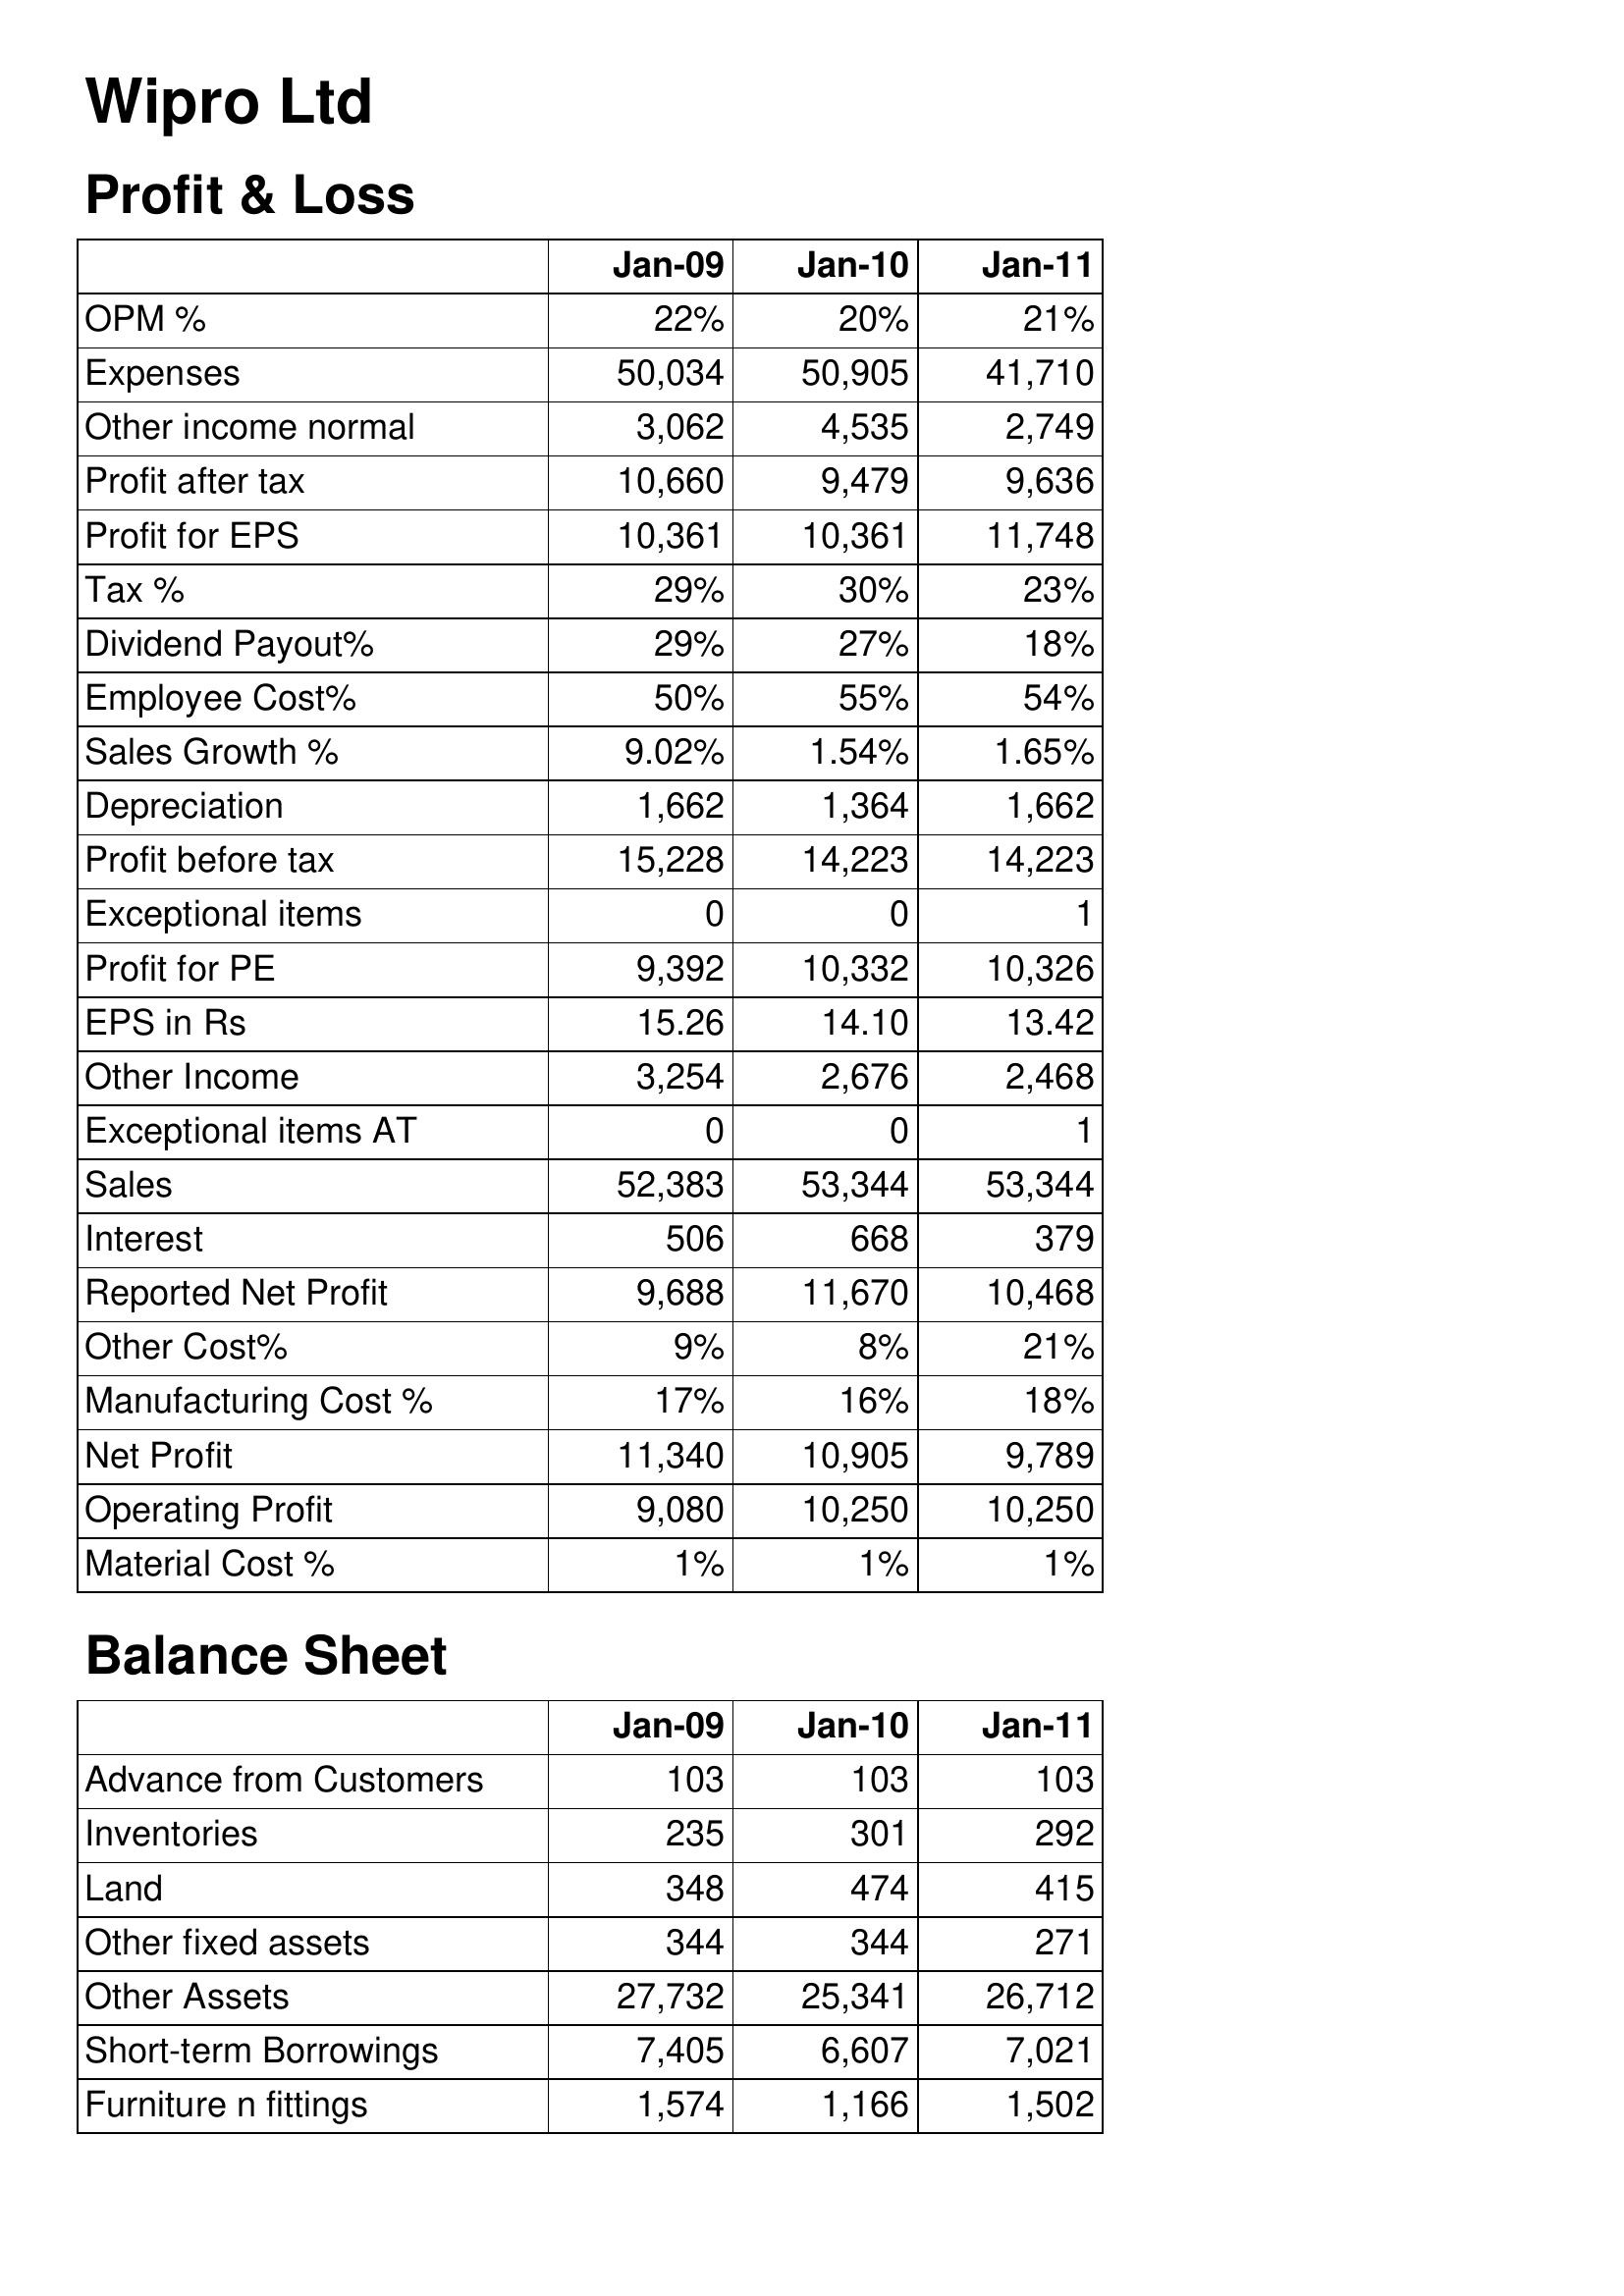
Jan-09: Profit & Loss: OPM %: 22%
Expenses: 50,034
Other income normal: 3,062
Profit after tax: 10,660
Profit for EPS: 10,361
Tax %: 29%
Dividend Payout%: 29%
Employee Cost%: 50%
Sales Growth %: 9.02%
Depreciation: 1,662
Profit before tax: 15,228
Exceptional items: 0
Profit for PE: 9,392
EPS in Rs: 15.26
Other Income: 3,254
Exceptional items AT: 0
Sales: 52,383
Interest: 506
Reported Net Profit: 9,688
Other Cost%: 9%
Manufacturing Cost %: 17%
Net Profit: 11,340
Operating Profit: 9,080
Material Cost %: 1%
Balance Sheet: Advance from Customers: 103
Inventories: 235
Land: 348
Other fixed assets: 344
Other Assets: 27,732
Short-term Borrowings: 7,405
Furniture n fittings: 1,574
Jan-10: Profit & Loss: OPM %: 20%
Expenses: 50,905
Other income normal: 4,535
Profit after tax: 9,479
Profit for EPS: 10,361
Tax %: 30%
Dividend Payout%: 27%
Employee Cost%: 55%
Sales Growth %: 1.54%
Depreciation: 1,364
Profit before tax: 14,223
Exceptional items: 0
Profit for PE: 10,332
EPS in Rs: 14.10
Other Income: 2,676
Exceptional items AT: 0
Sales: 53,344
Interest: 668
Reported Net Profit: 11,670
Other Cost%: 8%
Manufacturing Cost %: 16%
Net Profit: 10,905
Operating Profit: 10,250
Material Cost %: 1%
Balance Sheet: Advance from Customers: 103
Inventories: 301
Land: 474
Other fixed assets: 344
Other Assets: 25,341
Short-term Borrowings: 6,607
Furniture n fittings: 1,166
Jan-11: Profit & Loss: OPM %: 21%
Expenses: 41,710
Other income normal: 2,749
Profit after tax: 9,636
Profit for EPS: 11,748
Tax %: 23%
Dividend Payout%: 18%
Employee Cost%: 54%
Sales Growth %: 1.65%
Depreciation: 1,662
Profit before tax: 14,223
Exceptional items: 1
Profit for PE: 10,326
EPS in Rs: 13.42
Other Income: 2,468
Exceptional items AT: 1
Sales: 53,344
Interest: 379
Reported Net Profit: 10,468
Other Cost%: 21%
Manufacturing Cost %: 18%
Net Profit: 9,789
Operating Profit: 10,250
Material Cost %: 1%
Balance Sheet: Advance from Customers: 103
Inventories: 292
Land: 415
Other fixed assets: 271
Other Assets: 26,712
Short-term Borrowings: 7,021
Furniture n fittings: 1,502